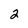
Character: 2